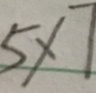
5 \times 7